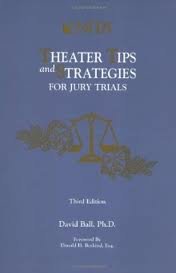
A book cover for Theater Tips and Strategies for Jury Trials 3th (third) edition Text Only; David Ball; Law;